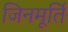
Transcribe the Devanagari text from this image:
जिनमूर्ति